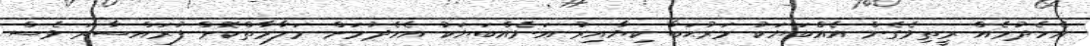
އެހެދުމެއް ރީތިވެގެން އެއްބަޔަކު މަރުޙަބާ ކިޔާއިރު އަނެއްބަޔަކު އެހެދުމަށް މަލާމާތްކޮށް ފުރައްސާރަ ވެސް